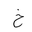
Letter: _kha